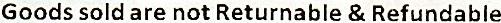
GOODS SOLD ARE NOT RETURNABLE & REFUNDABLE